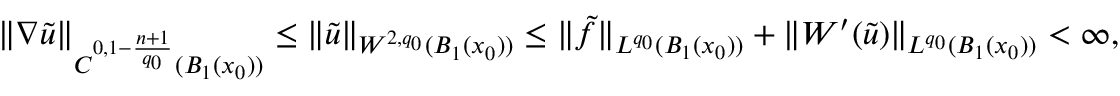
\begin{array} { r } { \| \nabla \tilde { u } \| _ { C ^ { 0 , 1 - \frac { n + 1 } { q _ { 0 } } } ( B _ { 1 } ( x _ { 0 } ) ) } \leq \| \tilde { u } \| _ { W ^ { 2 , q _ { 0 } } ( B _ { 1 } ( x _ { 0 } ) ) } \leq \| \tilde { f } \| _ { L ^ { q _ { 0 } } ( B _ { 1 } ( x _ { 0 } ) ) } + \| W ^ { \prime } ( \tilde { u } ) \| _ { L ^ { q _ { 0 } } ( B _ { 1 } ( x _ { 0 } ) ) } < \infty , } \end{array}